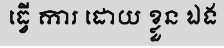
ធ្វើ ការ ដោយ ខ្លួន ឯង